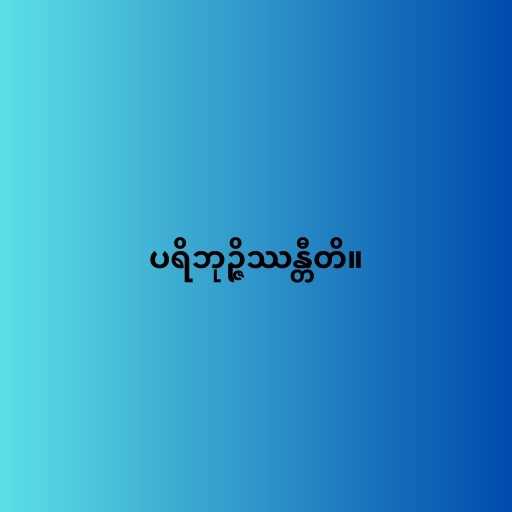
ပရိဘုဉ္ဇိဿန္တီတိ။